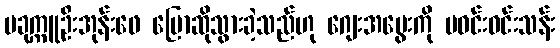
ပခုက္ကူဦးအုန်းဖေ ပြောဆိုသွားခဲ့သည်ဟု ဂျေးအမွေးကို မဝင်းဝင်းသန်း